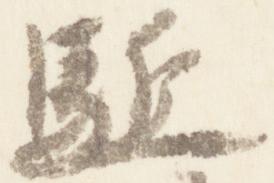
駈